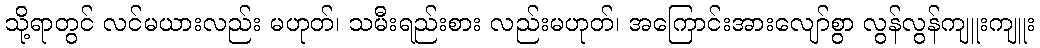
သို့ရာတွင် လင်မယားလည်း မဟုတ်၊ သမီးရည်းစား လည်းမဟုတ်၊ အကြောင်းအားလျော်စွာ လွန်လွန်ကျူးကျူး